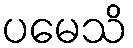
ပမေသိ